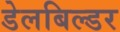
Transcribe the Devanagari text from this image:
डेलबिल्डर